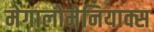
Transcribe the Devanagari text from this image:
मेगालोमेनियाक्स